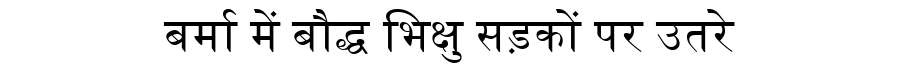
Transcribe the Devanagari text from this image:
बर्मा में बौद्ध भिक्षु सड़कों पर उतरे